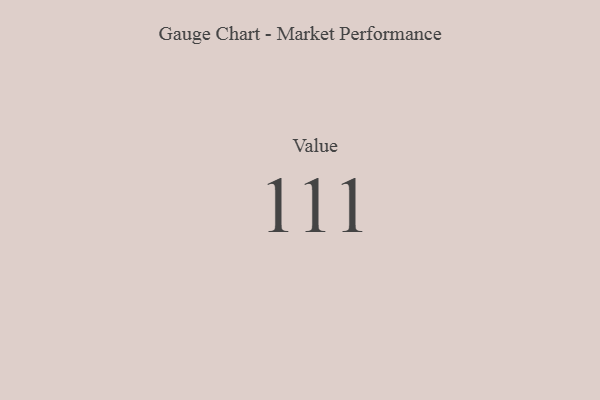
{"axis": {"x": "Metric", "y": "Value"}, "legend": [""], "data": [{"x": "Value", "y": 111, "type": ""}]}